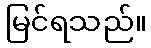
မြင်ရသည်။